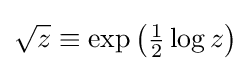
{\sqrt {z}}\equiv \exp {\bigl (}{\tfrac {1}{2}}\log z{\bigr )}